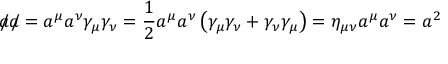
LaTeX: { a \! \! \! / } { a \! \! \! / } = a ^ { \mu } a ^ { \nu } \gamma _ { \mu } \gamma _ { \nu } = { \frac { 1 } { 2 } } a ^ { \mu } a ^ { \nu } \left( \gamma _ { \mu } \gamma _ { \nu } + \gamma _ { \nu } \gamma _ { \mu } \right) = \eta _ { \mu \nu } a ^ { \mu } a ^ { \nu } = a ^ { 2 }